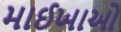
માઈખાઓ